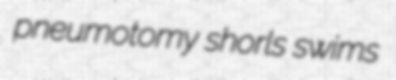
pneumotomy shorls swims